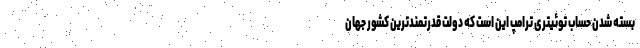
بسته شدن حساب توئیتری ترامپ این است که دولت قدرتمندترین کشور جهان